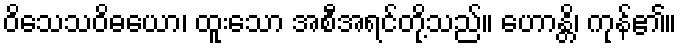
ဝိသေသဝိဓယော၊ ထူးသော အစီအရင်တို့သည်။ ဟောန္တိ၊ ကုန်၏။